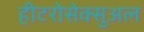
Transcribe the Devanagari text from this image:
हीटरोसेक्सुअल